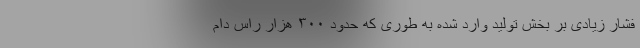
فشار زیادی بر بخش تولید وارد شده به طوری که حدود ۳۰۰ هزار راس دام